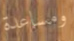
ومساعدة